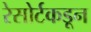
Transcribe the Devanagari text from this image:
रेसोर्टकडून